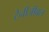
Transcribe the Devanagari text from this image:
टैनीजीबल